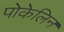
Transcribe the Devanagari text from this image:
पोकेलिन